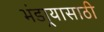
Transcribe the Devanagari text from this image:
भंडार्‍यासाठी